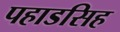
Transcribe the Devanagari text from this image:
पहाडसिह